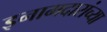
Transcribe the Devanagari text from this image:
इनामदारांच्या